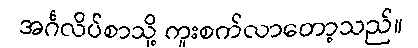
အင်္ဂလိပ်စာသို့ ကူးစက်လာတော့သည်။